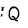
Character: Q